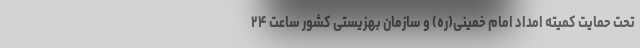
تحت حمایت کمیته امداد امام خمینی(ره) و سازمان بهزیستی کشور ساعت ۲۴